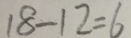
1 8 - 1 2 = 6